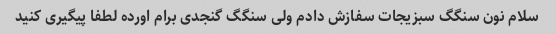
سلام نون سنگگ سبزیجات سفازش دادم ولی سنگگ گنجدی برام اورده لطفا پیگیری کنید